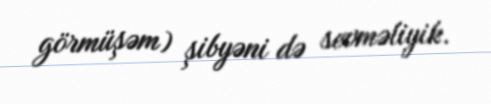
görmüşəm) şibyəni də sevməliyik.